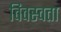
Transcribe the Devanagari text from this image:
विवस्वता